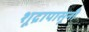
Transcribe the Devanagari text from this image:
शूद्रापासूनी